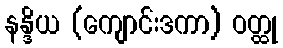
နန္ဒိယ (ကျောင်းဒကာ) ဝတ္ထု